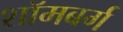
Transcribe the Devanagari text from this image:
शॉमबर्ग